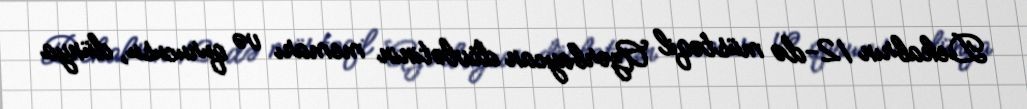
Dekabrın 12-də müstəqil Azərbaycan dövlətinin memarı və qurucusu, dünya